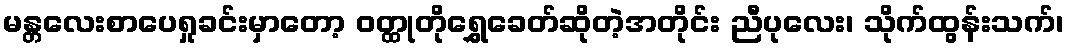
မန္တလေးစာပေရှုခင်းမှာတော့ ဝတ္ထုတိုရွှေခေတ်ဆိုတဲ့အတိုင်း ညီပုလေး၊ သိုက်ထွန်းသက်၊